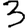
Digit: 3